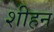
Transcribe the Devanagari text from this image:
शीहन